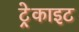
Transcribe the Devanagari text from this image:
ट्रेकाइट